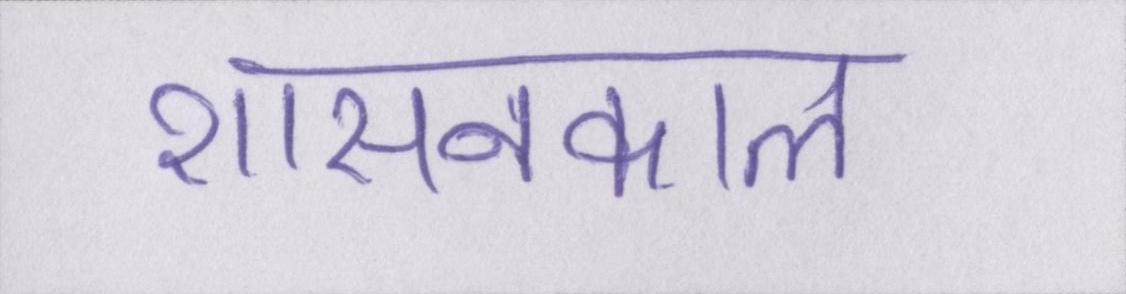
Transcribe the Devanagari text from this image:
शासनकाल